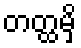
တတ္ထမှိ